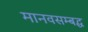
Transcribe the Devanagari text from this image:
मानवसम्बद्ध